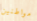
مواطنين